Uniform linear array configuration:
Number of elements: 8
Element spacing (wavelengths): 0.25
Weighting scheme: exponential
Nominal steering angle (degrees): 60
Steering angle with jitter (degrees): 58.254
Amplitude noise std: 0.05
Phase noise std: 0.05

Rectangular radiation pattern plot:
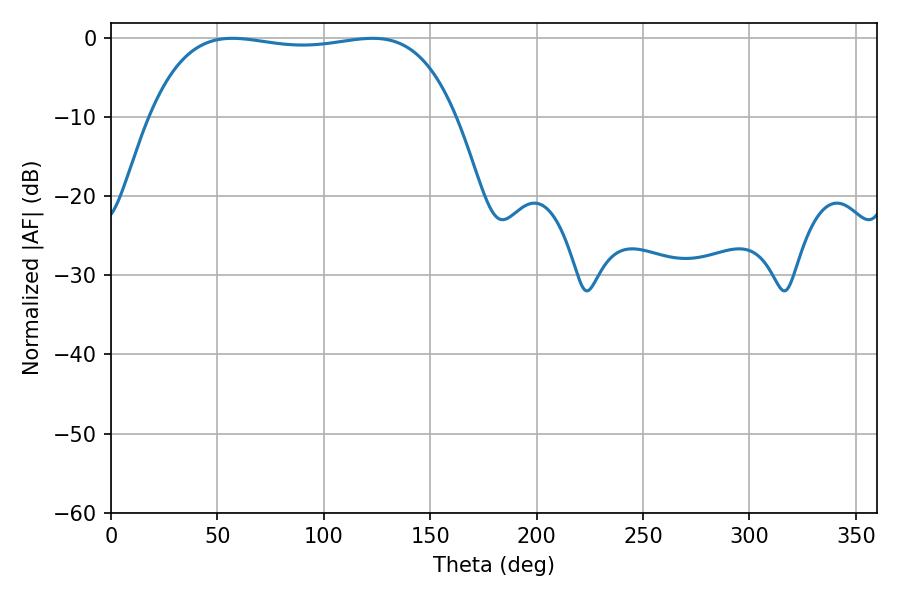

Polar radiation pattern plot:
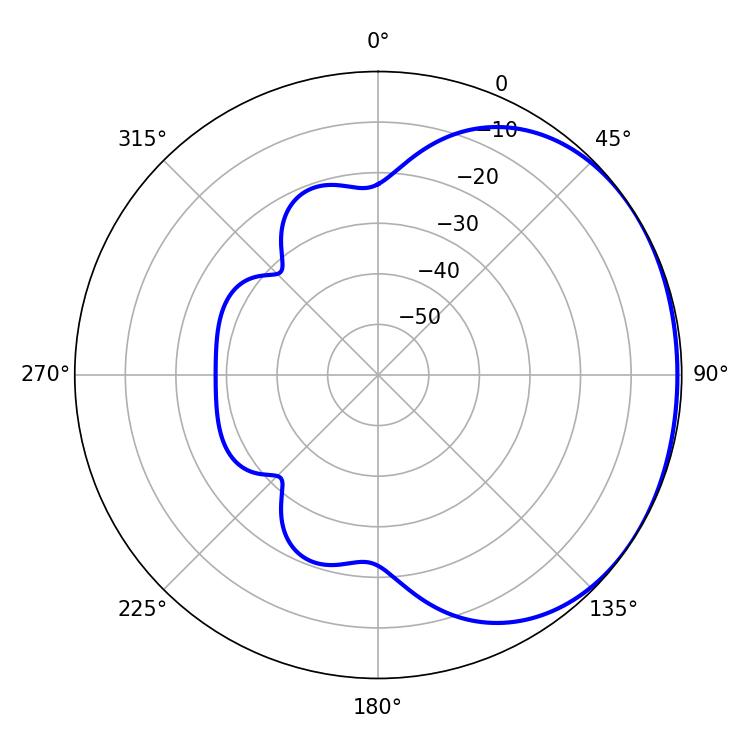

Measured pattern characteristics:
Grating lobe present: FALSE
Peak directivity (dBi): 1.107
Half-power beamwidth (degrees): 114.48
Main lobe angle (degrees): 57.06